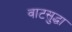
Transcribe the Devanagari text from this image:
वाटसुद्धा